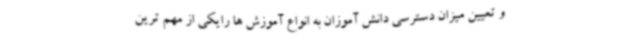
و تعیین میزان دسترسی دانش آموزان به انواع آموزش ها رایکی از مهم ترین